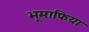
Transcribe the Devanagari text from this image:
भूमाफिया